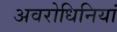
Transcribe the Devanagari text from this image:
अवरोधिनियां